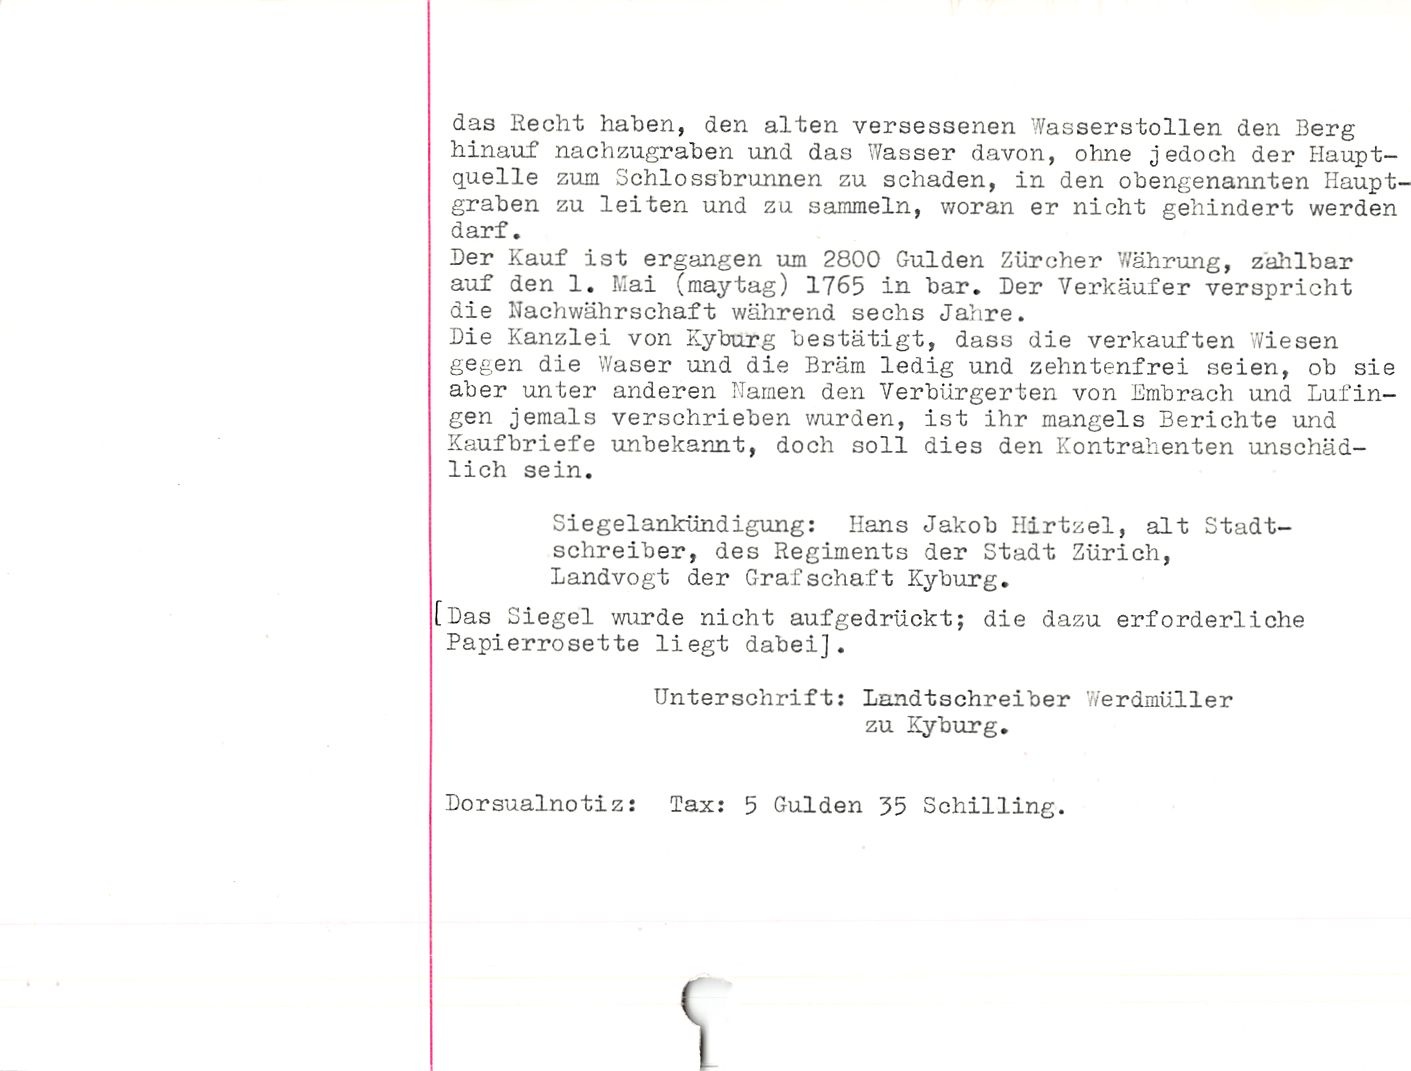
das Recht haben, den alten versessenen Wasserstollen den Berg
hinauf nachzugraben und das Wasser davon, ohne jedoch der Haupt¬
quelle zum Schlossbrunnen zu schaden, in den obengenannten Haupt¬
graben zu leiten und zu sammeln, woran er nicht gehindert werden
darf.

Der Kauf ist ergangen um 2800 Gulden Zürcher Währung, zahlbar
auf den 1. Mai (maytag) 1765 in bar. Der Verkäufer verspricht
die Nachwährschaft während sechs Jahre.

Die Kanzlei von Kyburg bestätigt, dass die verkauften Wiesen
gegen die Waser und die Bräm ledig und zehntenfrei seien, ob sie
aber unter anderen Namen den Verbürgenden von Embrach und DufIn¬
gen jemals verschrieben wurden, ist ihr mangels Berichte und
Kaufbriefe unbekannt, doch soll dies den Kontrahenten unschäd¬
lich sein.

Siegelankündigung: Hans Jakob Hirtzel, alt Stadt¬

schreiber, des Regiments der Stadt Zürich,

Landvogt der Grafschaft Kyburg.

[Das Siegel wurde nicht aufgedrückt; die dazu erforderliche
Papierrosette liegt dabei].

Unterschrift: Landtschreiben Werdmüller
zu Kyburg.

Dorsualnotiz: Tax: 5 Gulden 35 Schilling.